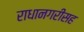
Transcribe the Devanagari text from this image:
राधानगरीसह